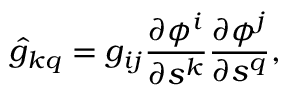
\hat { g } _ { k q } = g _ { i j } \frac { \partial \phi ^ { i } } { \partial s ^ { k } } \frac { \partial \phi ^ { j } } { \partial s ^ { q } } ,